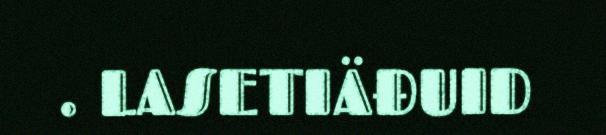
. LASETIÄĐUID